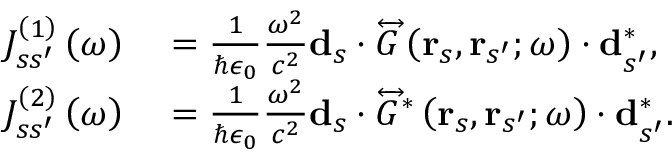
\begin{array} { r l } { J _ { s s ^ { \prime } } ^ { \left( 1 \right) } \left( \omega \right) } & { { } = \frac { 1 } { \hbar \epsilon _ { 0 } } \frac { \omega ^ { 2 } } { c ^ { 2 } } \mathbf { d } _ { s } \cdot \overleftrightarrow { G } \left( \mathbf { r } _ { s } , \mathbf { r } _ { s ^ { \prime } } ; \omega \right) \cdot \mathbf { d } _ { s ^ { \prime } } ^ { * } , } \\ { J _ { s s ^ { \prime } } ^ { \left( 2 \right) } \left( \omega \right) } & { { } = \frac { 1 } { \hbar \epsilon _ { 0 } } \frac { \omega ^ { 2 } } { c ^ { 2 } } \mathbf { d } _ { s } \cdot \overleftrightarrow { G } ^ { * } \left( \mathbf { r } _ { s } , \mathbf { r } _ { s ^ { \prime } } ; \omega \right) \cdot \mathbf { d } _ { s ^ { \prime } } ^ { * } . } \end{array}